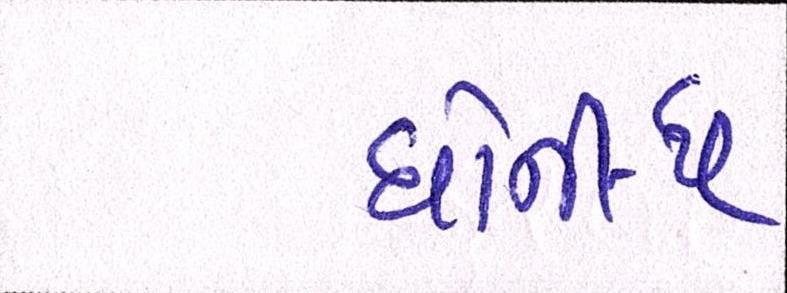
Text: ધોની-ધ